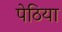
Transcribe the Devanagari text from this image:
पेठिया